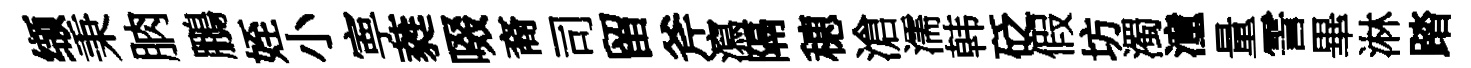
缬秉朒鵬姪小寕蕤啜裔司留斧瀉隔穂滄濡韩砭假坊濁潼量霅畢淋踏